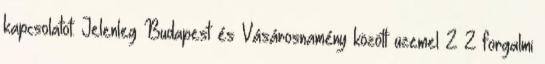
kapcsolatot. Jelenleg Budapest és Vásárosnamény között üzemel 2×2 forgalmi